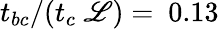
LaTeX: {t_{bc}}/(t_{c}~\mathscr{L})=~0.13